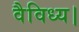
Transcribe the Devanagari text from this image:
वैविध्य।